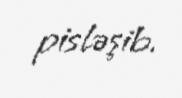
pisləşib.